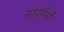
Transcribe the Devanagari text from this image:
सेर्रोर्स